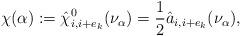
LaTeX: \begin{align*} \chi(\alpha):= \hat\chi_{i,i+e_k}^0(\nu_\alpha)= \frac 12\hat a_{i,i+e_k}(\nu_\alpha),\end{align*}